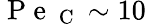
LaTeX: \mathrm{~P~e~}_{\mathrm{~C~}}\sim 10